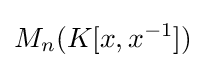
M_{n}(K[x,x^{-1}])